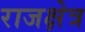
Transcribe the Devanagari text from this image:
राजक्षेत्र